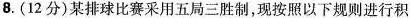
8.(12分)某排球比赛采用五局三胜制，现按照以下规则进行积